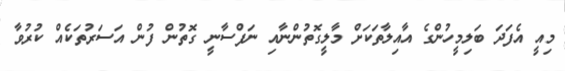
މިއީ އެފަދަ ބަލިމީހުންގެ އާއިލާތަކަށް މާލީގޮތުންނާއި ނަފްސާނީ ގޮތުން ފުން އަސަރުތަކެއް ކުރުވާ